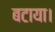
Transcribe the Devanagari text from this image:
बटाया।